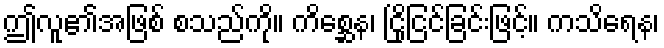
ဤလူ၏အဖြစ် စသည်ကို။ ကိစ္ဆေန၊ ငြိုငြင်ခြင်းဖြင့်။ ကသိရေန၊